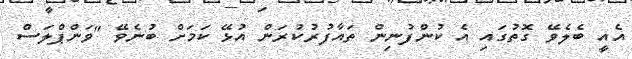
އެއީ ބެލެވޭ ގޮތުގައި އެ ކުންފުނިން ތައާފުރުކުރަން އުޅޭ ކަމަށް ބުނެވޭ "ވަންޕްލަސް